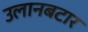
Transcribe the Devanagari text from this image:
उलानबटार